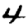
Digit: 4